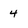
Character: 4